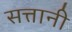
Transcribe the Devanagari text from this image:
सत्तानी